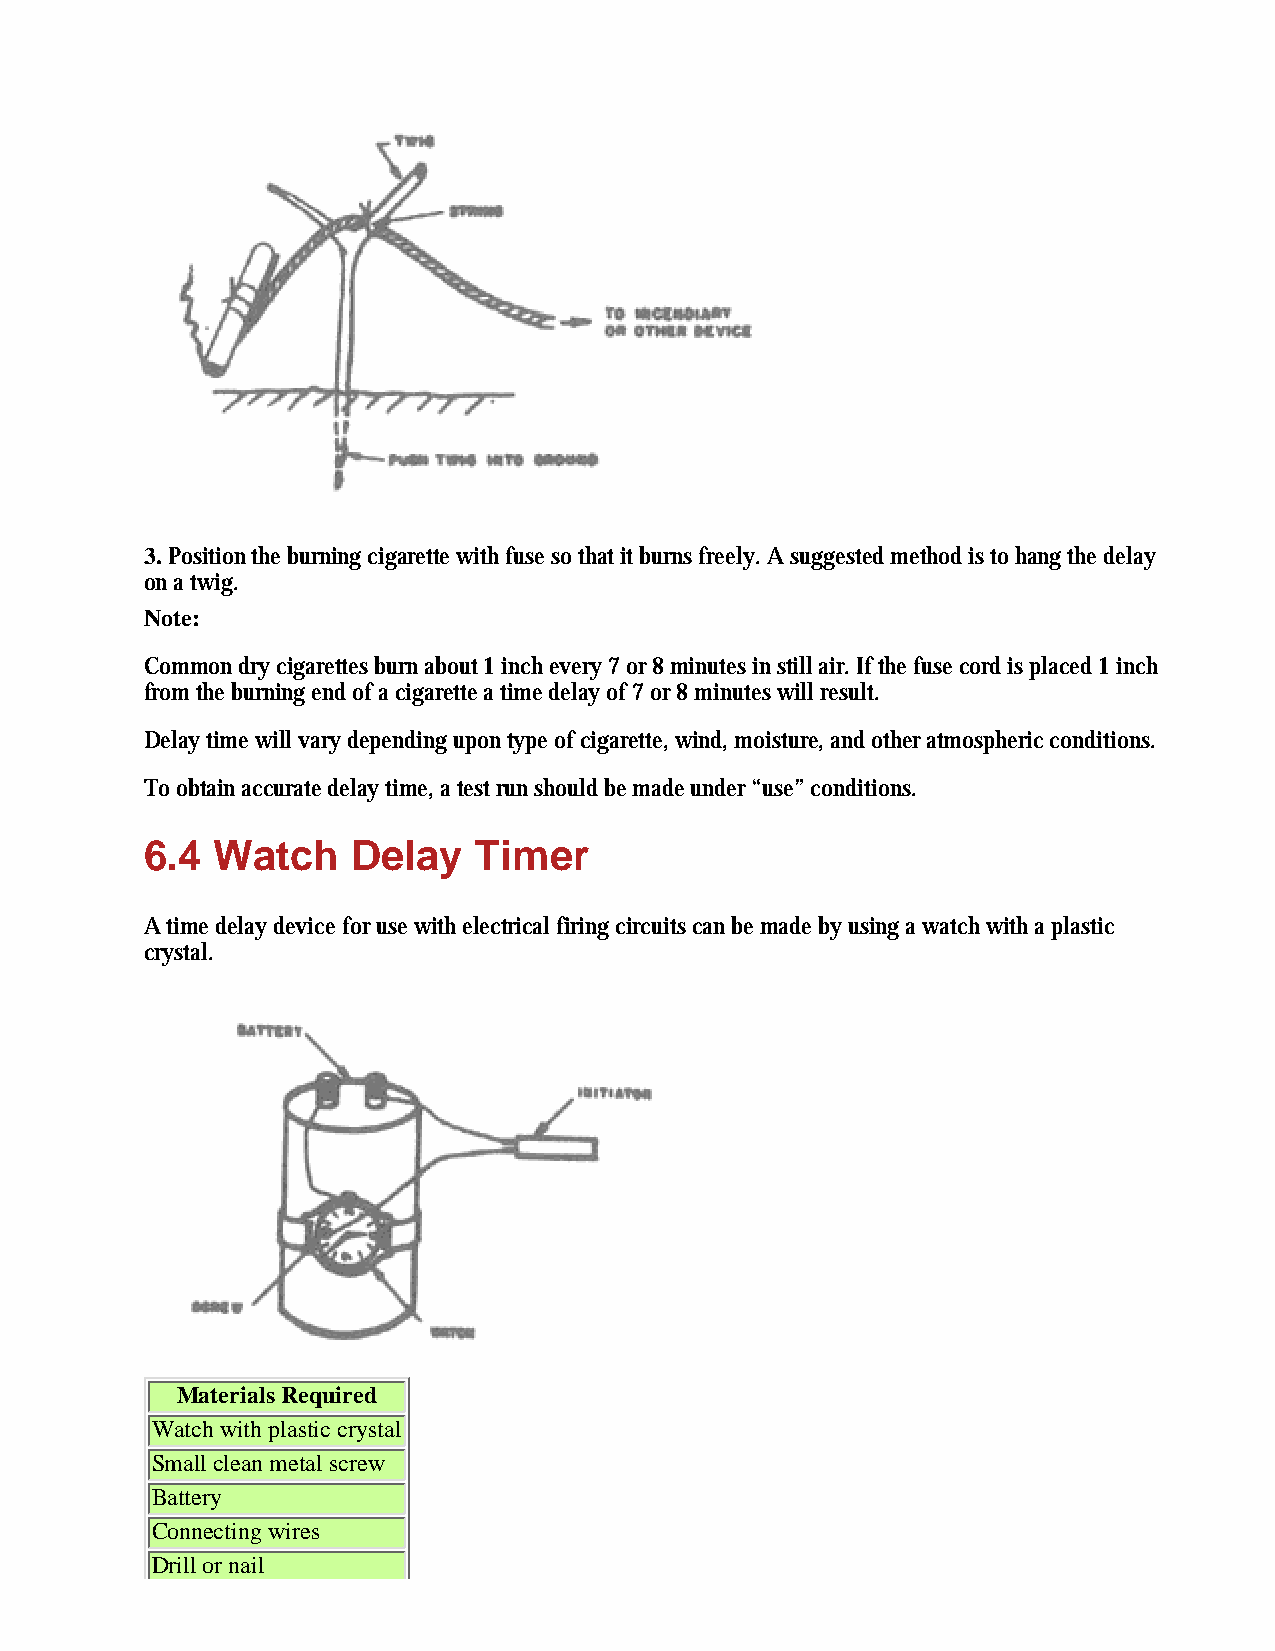
3. Position the burning cigarette with fuse so that it burns freely. A suggested method is to hang the delay
 on a twig.
 Note:
 Common dry cigarettes burn about 1 inch every 7 or 8 minutes in still air. If the fuse cord is placed 1 inch
 from the burning end of a cigarette a time delay of 7 or 8 minutes will result.
 Delay time will vary depending upon type of cigarette, wind, moisture, and other atmospheric conditions.
 To obtain accurate delay time, a test run should be made under “use” conditions.
 6.4 Watch    Delay   Timer
 A time delay device for use with electrical firing circuits can be made by using a watch with a plastic
 crystal.
 Materials Required
 Watch with plastic crystal
 Small clean metal screw
 Battery
 Connecting wires
 Drill or nail